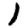
Digit: 1